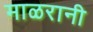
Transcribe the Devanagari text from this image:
माळरानी